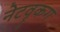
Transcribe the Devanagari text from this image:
नेटवॄकग